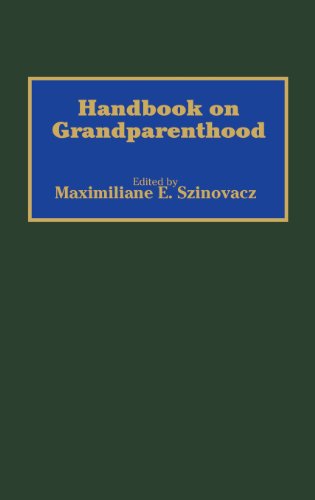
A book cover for Handbook on Grandparenthood; Parenting & Relationships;